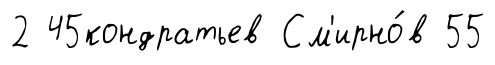
2 45кондратьев См'ирно́в 55